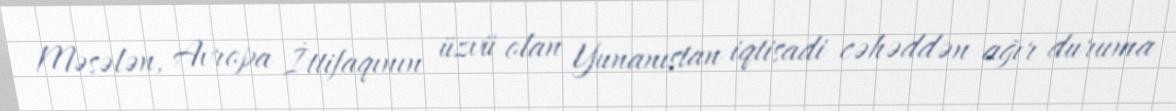
Məsələn, Avropa İttifaqının üzvü olan Yunanıstan iqtisadi cəhəddən ağır duruma